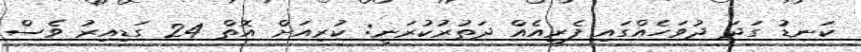
ކަނޑު ގަދަ ދުވަހެއްގައި ފެރީއެއް ދަތުރުކުރަނީ: ކުރިއަށް އޮތް 24 ގަޑިއިރު ވެސް